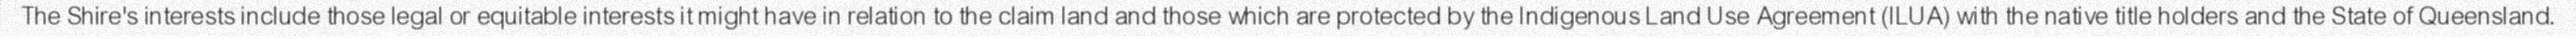
The Shire's interests include those legal or equitable interests it might have in relation to the claim land and those which are protected by the Indigenous Land Use Agreement (ILUA) with the native title holders and the State of Queensland.